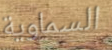
السماوية